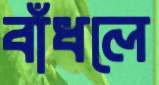
বাঁধলে